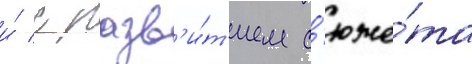
и́ с разв'и́т'ием с'юже́та